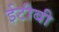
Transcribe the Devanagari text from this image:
ईटीबी